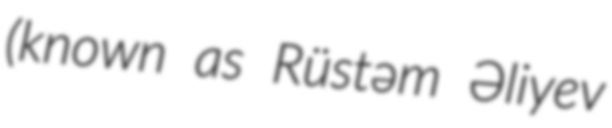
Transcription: (known as Rüstəm Əliyev